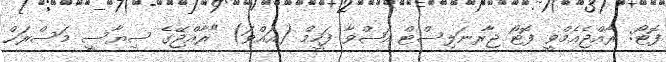
ފޮޓޯ: ރާއްޖެއެމްވީ ފޮޓޯ ޖާރނަލިސްޓް އަޝްވާ ފަހީމް (އައްވަ) "ރާއްޖޭގެ ސިޔާސީ މަސްރަޙް